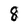
Character: 8